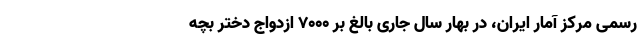
رسمی مرکز آمار ایران، در بهار سال جاری بالغ بر ۷۰۰۰ ازدواج دختر بچه